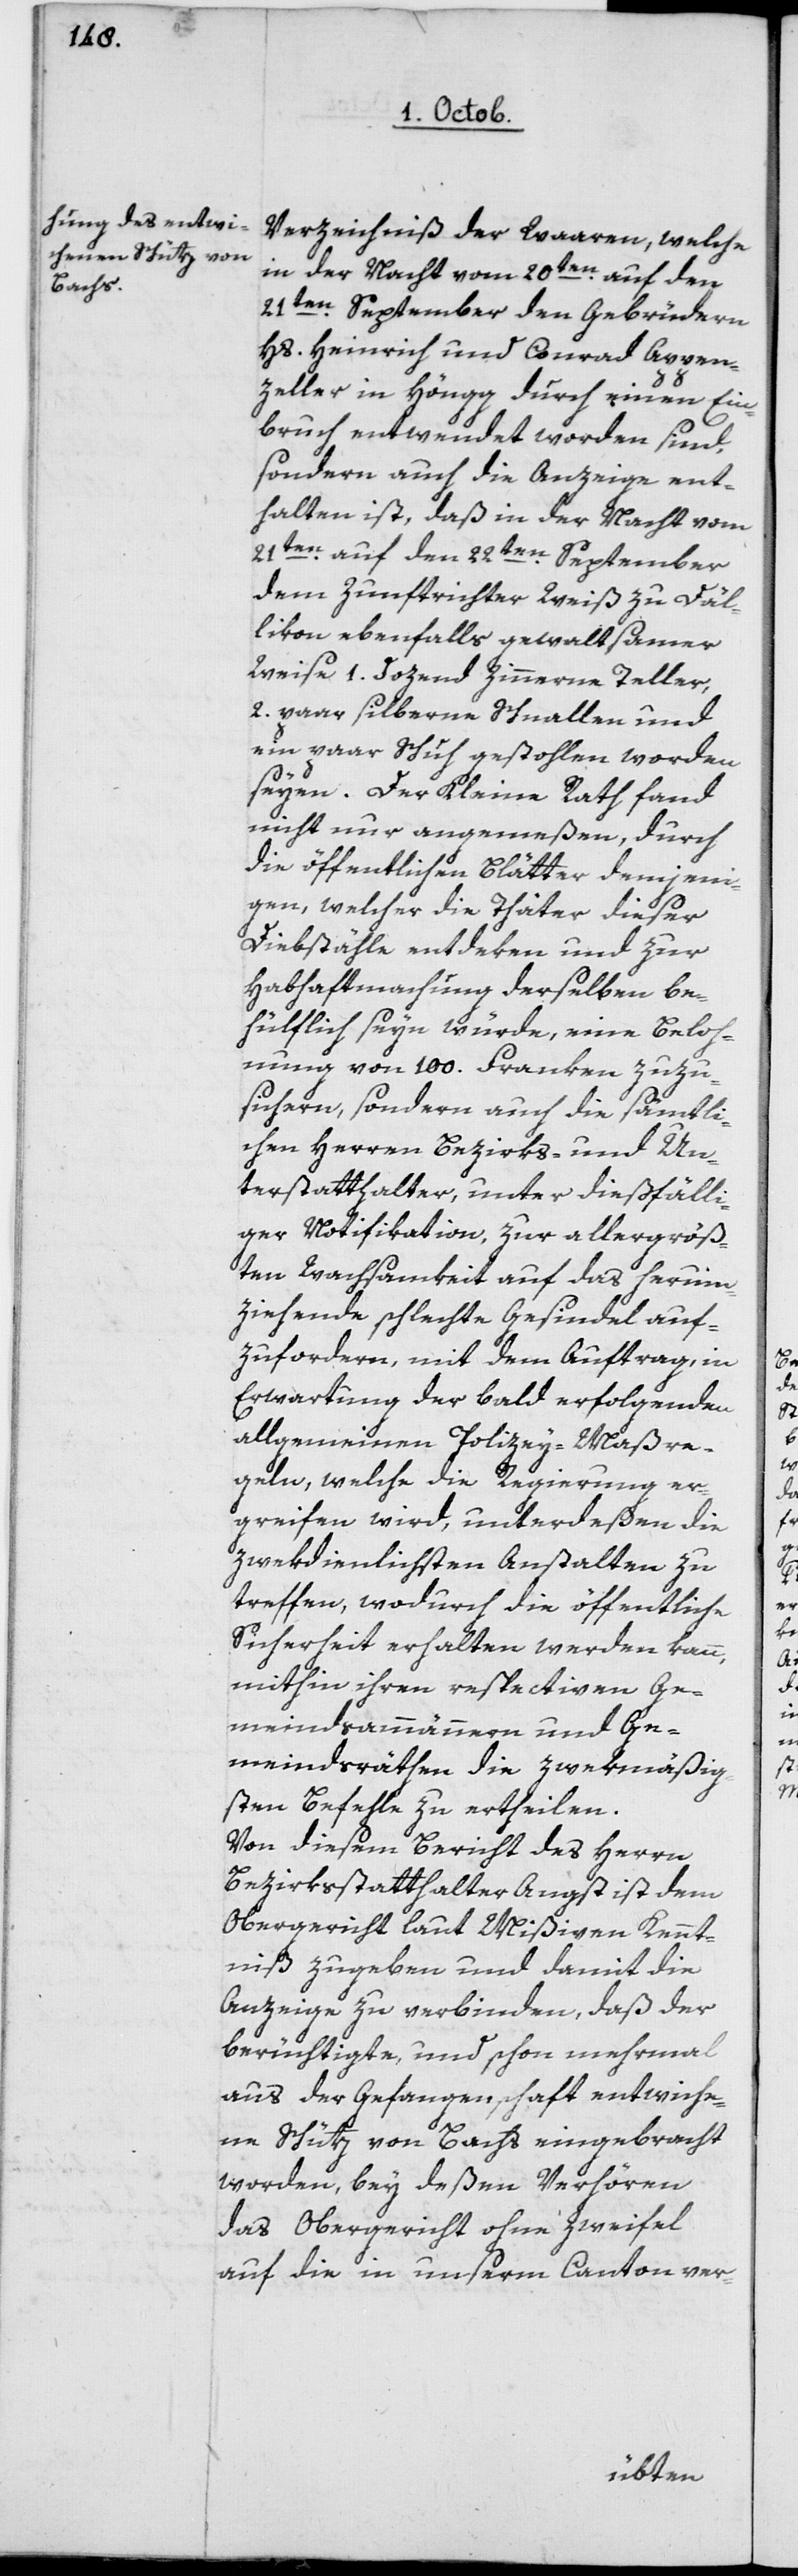
Verzeichniß der Waaren, welche
in der Nacht vom 20ten auf den
21ten September den Gebrüdern
Hs. Heinrich und Conrad Appen¬
zeller in Höngg durch einen Ein¬
bruch entwendet worden sind,
sondern auch die Anzeige ent¬
halten ist, daß in der Nacht vom
21ten auf den 22ten September
dem Zunftrichter Weiß zu Däl¬
likon ebenfalls gewaltsamer
Weise 1 Dozend zinnerne Teller,
zwey Paar silberne Schnallen und
ein Paar Schuh gestohlen worden
seyen. Der Kleine Rath fand
nicht nur angemeßen, durch
die öffentlichen Blätter demjeni¬
gen, welcher die Thäter dieser
Diebstähle entdeken und zur
Habhaftmachung derselben be¬
hülflich seyn würde, eine Beloh¬
nung von 100 Franken zuzu¬
sichern, sondern auch die sämtli¬
chen Herren Bezirks- und Un¬
terstatthalter, unter dießfälli¬
ger Notifikation, zur allergröß¬
ten Wachsamkeit auf das herum¬
ziehende schlechte Gesindel auf¬
zufordern, mit dem Auftrag, in
Erwartung der bald erfolgenden
allgemeinen Polizey-Maßre¬
geln, welche die Regierung er¬
greifen wird, unterdeßen die
zwekdienlichsten Anstalten zu
treffen, wodurch die öffentliche
Sicherheit erhalten werden kann,
mithin ihren respectiven Ge¬
meindsammännern und Ge¬
meindsräthen die zwekmäßig¬
sten Befehle zu ertheilen.
Von diesem Bericht des Herrn
Bezirksstatthalter Angst ist dem
Obergericht laut Mißiven Kennt¬
niß zu geben und damit die
Anzeige zu verbinden, daß der
berüchtigte und schon mehrmal
aus der Gefangenschaft entwiche¬
ne Schütz von Bachs eingebracht
worden, bey deßen Verhören
das Obergericht ohne Zweifel
auf die in unserm Canton ver-